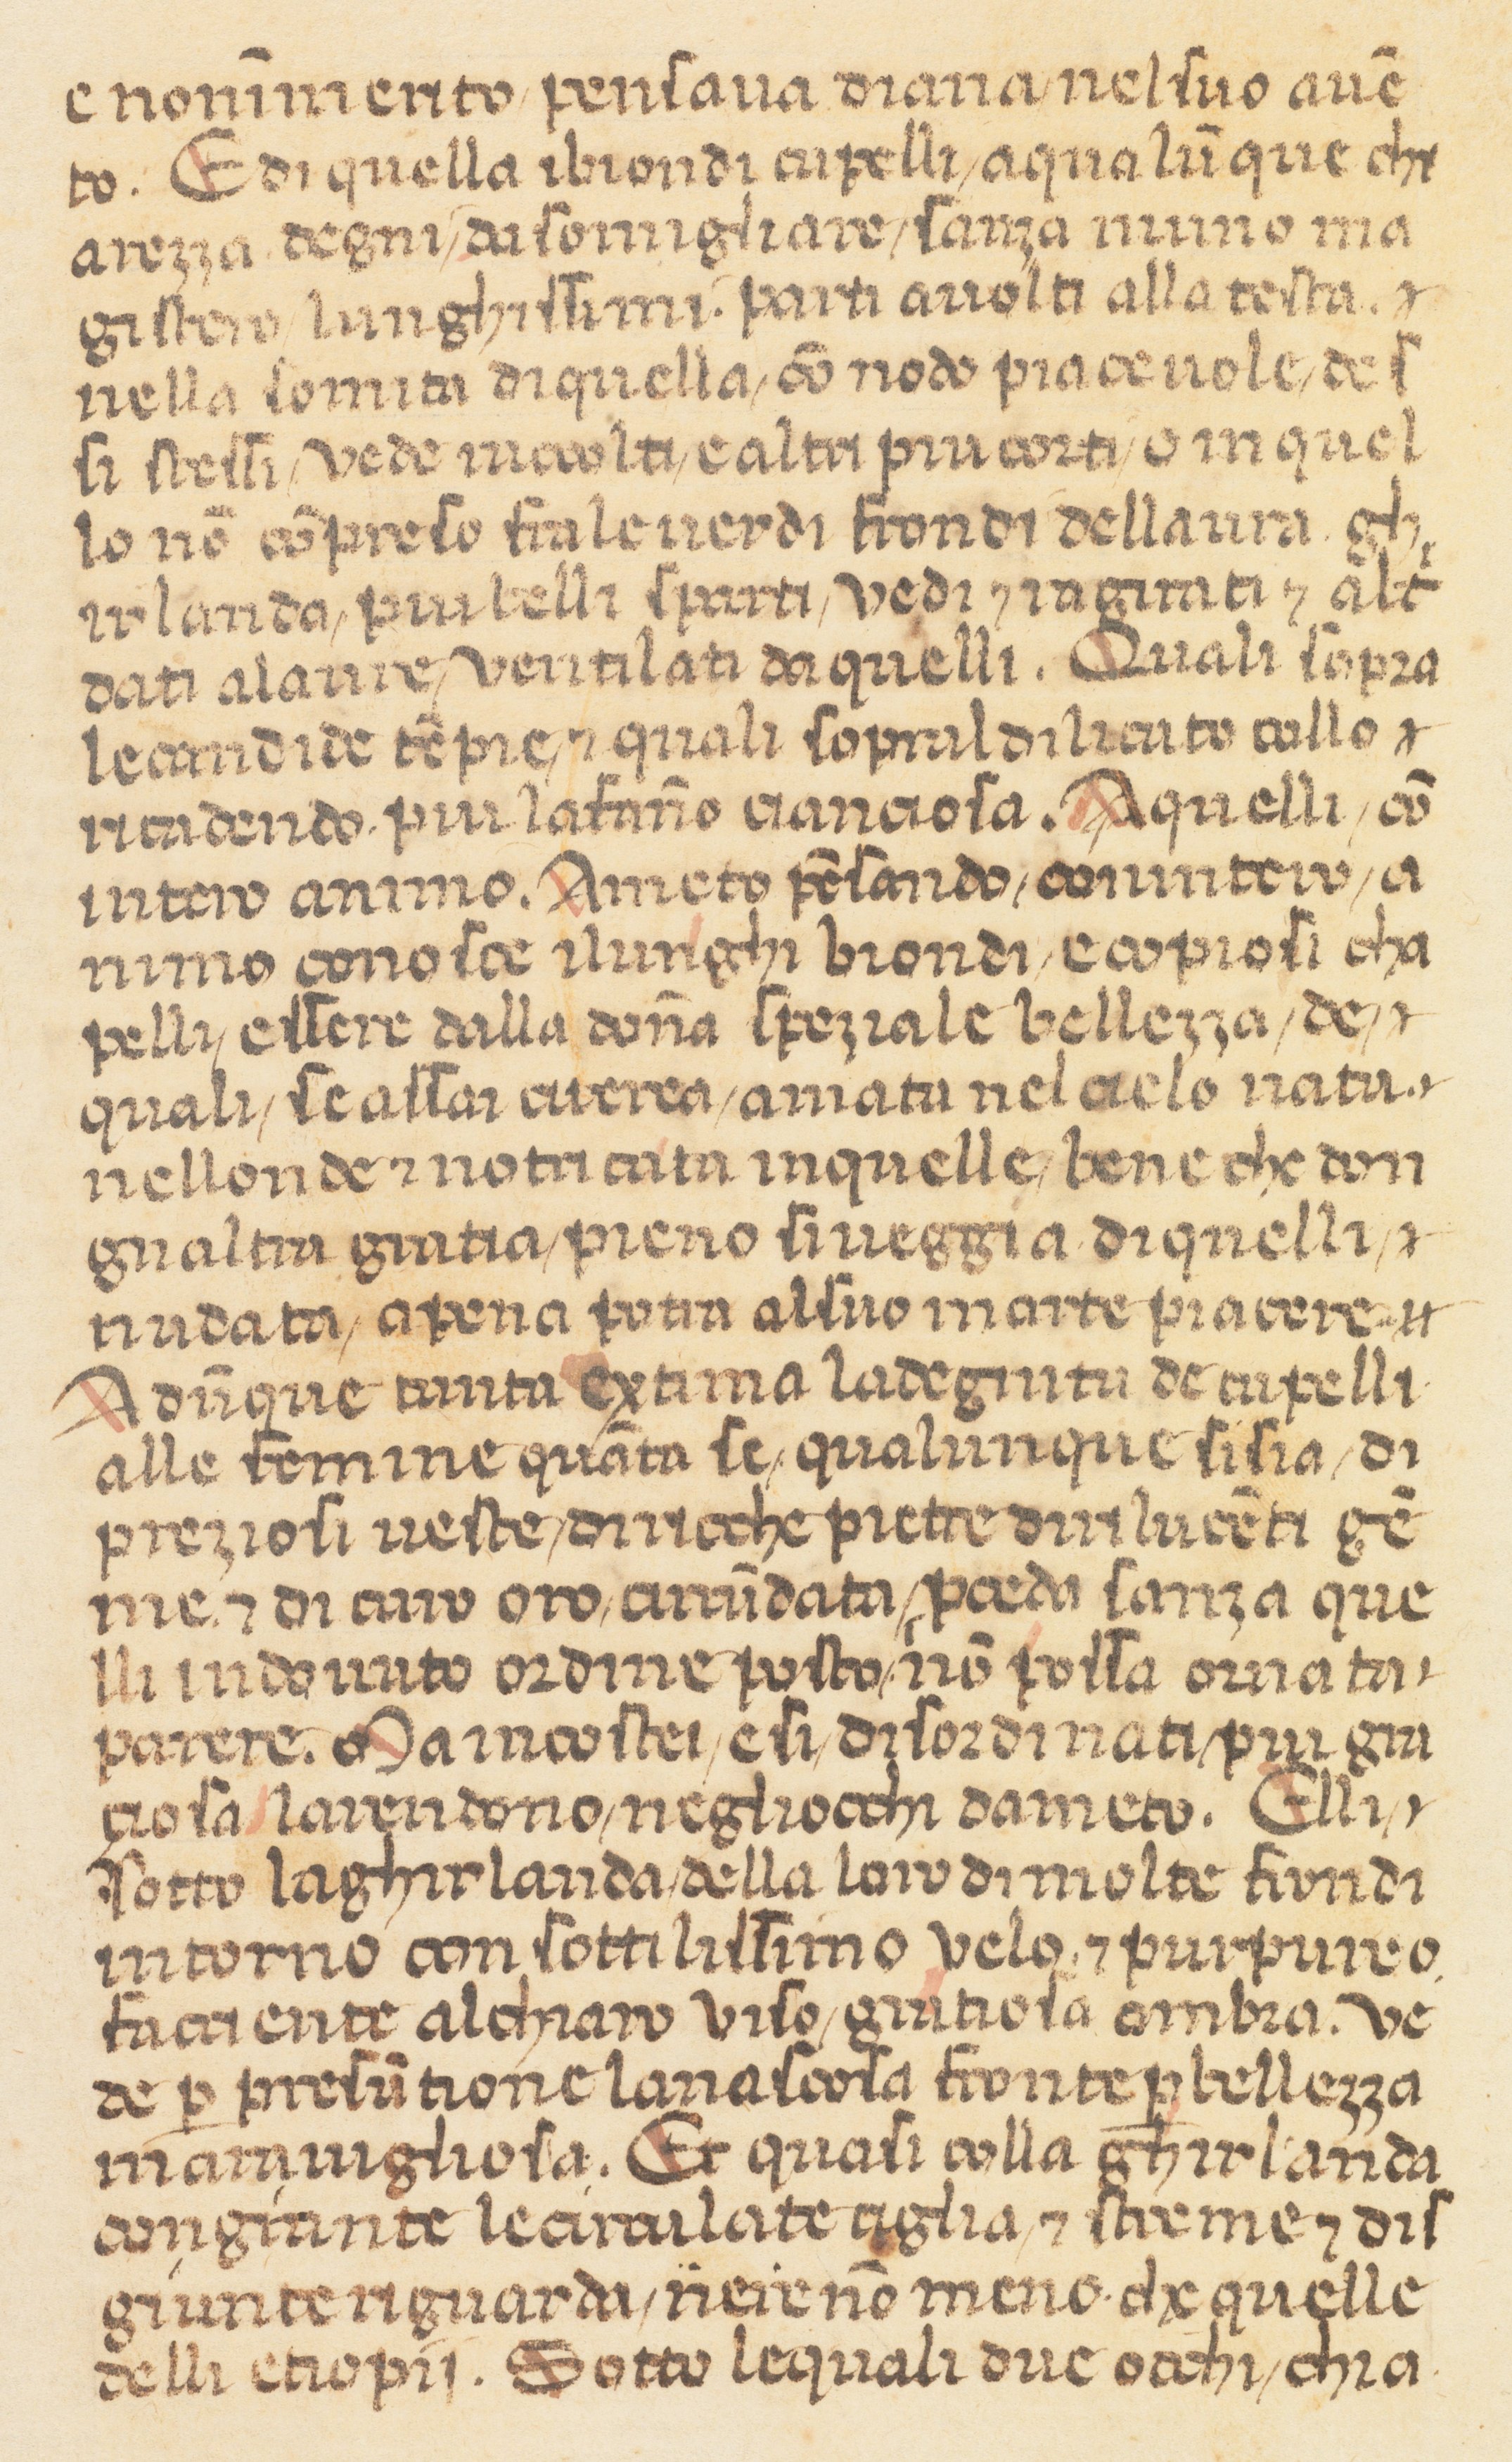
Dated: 1360–1370